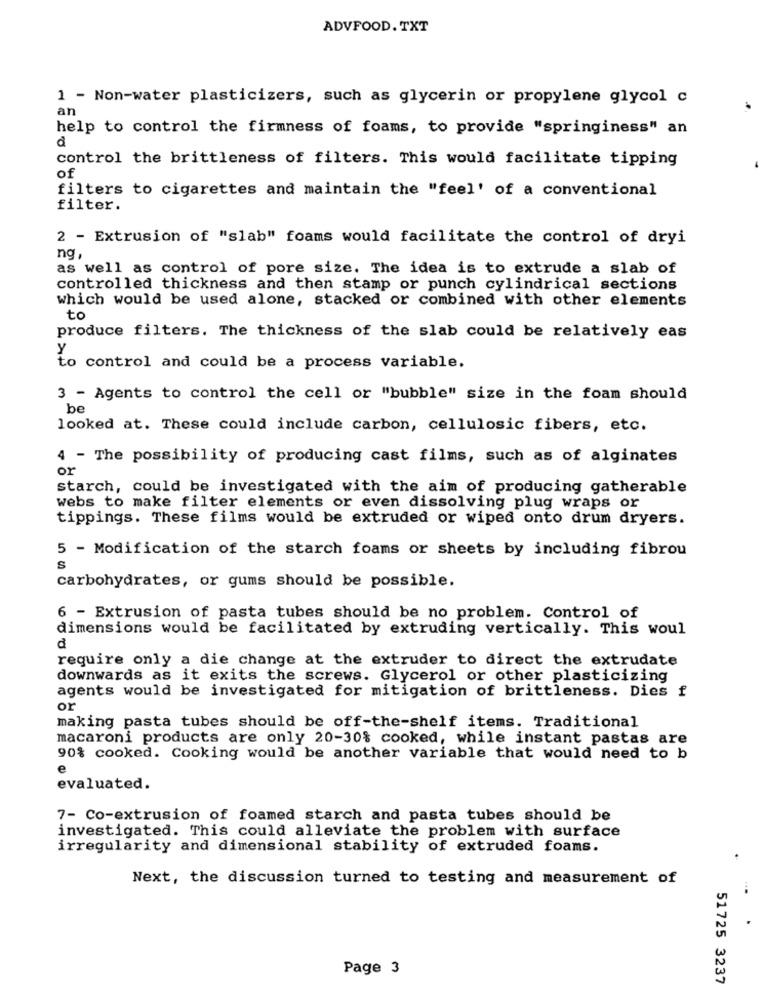
ADVFOOD. TXT
1 - Non-water plasticizers, such as glycerin or propylene glycol c
an
help to control the firmness of foams, to provide "springiness" an
d
control the brittleness of filters. This would facilitate tipping
of
filters to cigarettes and maintain the "feel' of a conventional
filter.
2 - Extrusion of "slab" foams would facilitate the control of dryi
ng
as well as control of pore size. The idea is to extrude a slab of
controlled thickness and then stamp or punch cylindrical sections
which would be used alone, stacked or combined with other elements
to
produce filters. The thickness of the slab could be relatively eas
Y
to control and could be a process variable.
3 - Agents to control the cell or "bubble" size in the foam should
be
looked at. These could include carbon, cellulosic fibers, etc.
4 - The possibility of producing cast films, such as of alginates
or
starch, could be investigated with the aim of producing gatherable
webs to make filter elements or even dissolving plug wraps or
tippings. These films would be extruded or wiped onto drum dryers.
5 - Modification of the starch foams or sheets by including fibrou
S
carbohydrates, or gums should be possible.
6 - Extrusion of pasta tubes should be no problem. Control of
dimensions would be facilitated by extruding vertically. This woul
₫
require only a die change at the extruder to direct the extrudate
downwards as it exits the screws. Glycerol or other plasticizing
agents would be investigated for mitigation of brittleness. Dies f
or
making pasta tubes should be off-the-shelf items. Traditional
macaroni products are only 20-30% cooked, while instant pastas are
90% cooked. Cooking would be another variable that would need to b
e
evaluated.
7- Co-extrusion of foamed starch and pasta tubes should be
investigated. This could alleviate the problem with surface
irregularity and dimensional stability of extruded foams.
Next, the discussion turned to testing and measurement of
Page 3
51725 3237